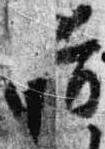
揖